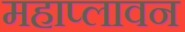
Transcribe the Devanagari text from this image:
महाप्लावन